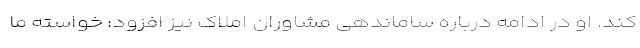
کند. او در ادامه درباره ساماندهی مشاوران املاک نیز افزود: خواسته ما